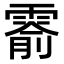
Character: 𬰅